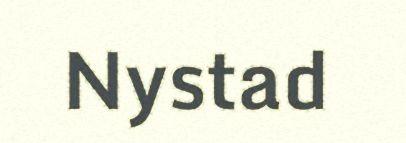
Nystad